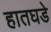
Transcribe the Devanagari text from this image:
हातघडे